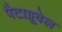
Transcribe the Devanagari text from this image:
पैटाग्रूवेल